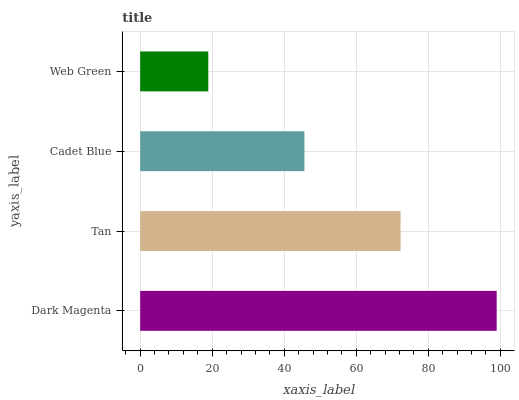
| yaxis_label | bars |
 | --- | --- |
 | Dark Magenta | 99 |
 | Tan | 72.3 |
 | Cadet Blue | 45.6 |
 | Web Green | 18.9 |